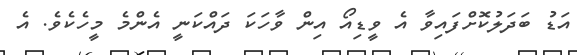
އަޑު ބަދަލުކޮށްފައިވާ އެ ވީޑިއޯ އިން ވާހަކަ ދައްކަނީ އެންމެ މީހެކެވެ. އެ